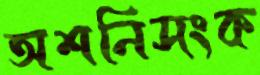
অশনিসংক